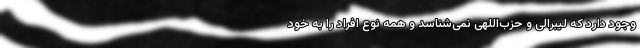
وجود دارد که لیبرالی و حزب‌اللهی نمی‌شناسد و همه نوع افراد را به خود